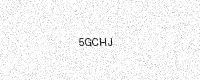
Text: 5GCHJ